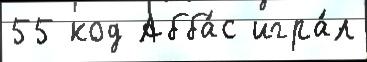
55 код Абба́с игра́л